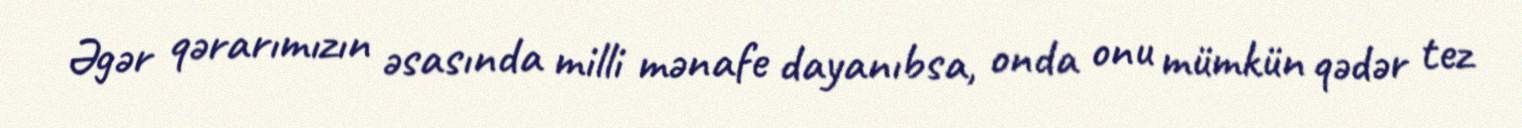
Əgər qərarımızın əsasında milli mənafe dayanıbsa, onda onu mümkün qədər tez